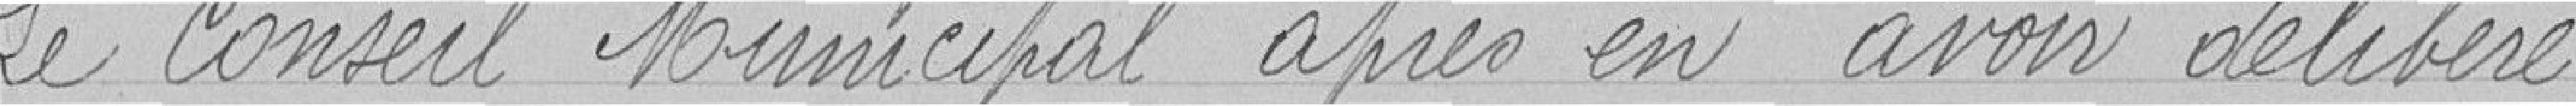
Le Conseil Municipal après en avoir délibéré.